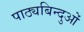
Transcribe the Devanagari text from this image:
पाठ्यबिन्दुओं